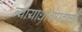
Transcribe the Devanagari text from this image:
न्यायाधीशपदाचा